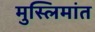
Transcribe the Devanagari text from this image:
मुस्लिमांत